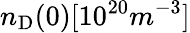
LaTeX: n_{\mathrm{D}}(0)[10^{20}m^{-3}]